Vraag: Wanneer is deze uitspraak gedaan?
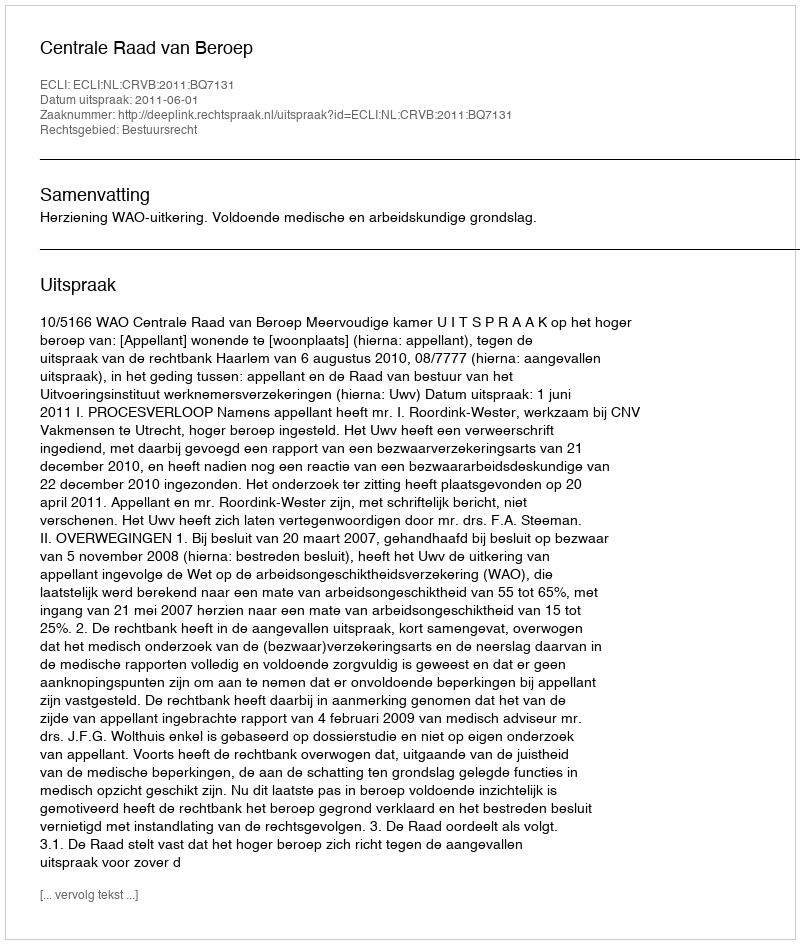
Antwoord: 2011-06-01